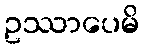
ဥဿာပေမိ